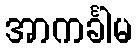
အာကင်္ခါမ